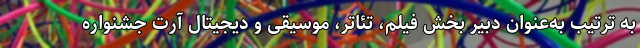
به ترتیب به‌عنوان دبیر بخش فیلم، تئاتر، موسیقی و دیجیتال آرت جشنواره